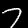
Digit: 7